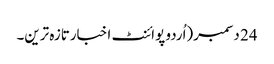
24 دسمبر(اُردو پوائنٹ اخبارتازہ ترین۔